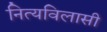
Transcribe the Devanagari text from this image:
नित्यविलासी